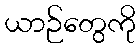
ယာဉ်တွေကို